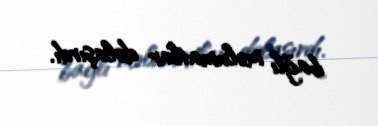
bağlı məlumatlar dolaşırdı.